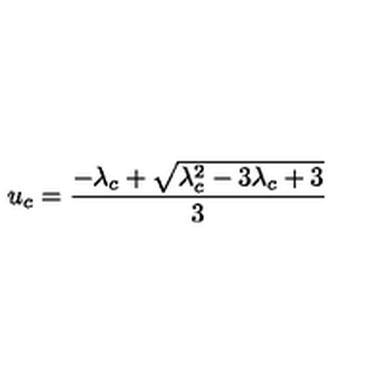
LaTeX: u _ { c } = \frac { - \lambda _ { c } + \sqrt { \lambda _ { c } ^ { 2 } - 3 \lambda _ { c } + 3 } } { 3 }